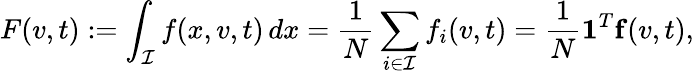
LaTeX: F(v,t):=\int_{\mathcal{I}}f(x,v,t)\, dx=\frac{1}{N}\sum_{i\in\mathcal{I}}f_{i}(v,t)=\frac{1}{N}\mathbf{1}^{T}\mathbf{f}(v,t),